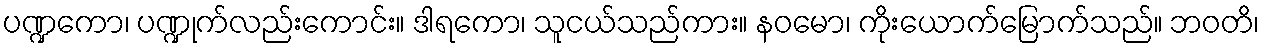
ပဏ္ဍကော၊ ပဏ္ဍုက်လည်းကောင်း။ ဒါရကော၊ သူငယ်သည်ကား။ နဝမော၊ ကိုးယောက်မြောက်သည်။ ဘဝတိ၊